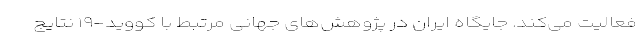
فعالیت می‌کند. جایگاه ایران در پژوهش‌های جهانی مرتبط با کووید-۱۹ نتایج